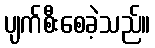
ပျက်စီးစေခဲ့သည်။